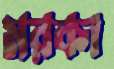
মরকা